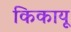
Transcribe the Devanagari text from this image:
किकायू